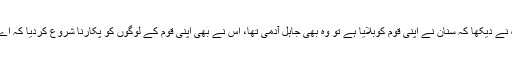
جب جَہْجَاہْ نے دیکھا کہ سنان نے اپنی قوم کوبلایا ہے تو وہ بھی جاہل آدمی تھا، اس نے بھی اپنی قوم کے لوگوں کو پکارنا شروع کردیا کہ اے مہاجرین!